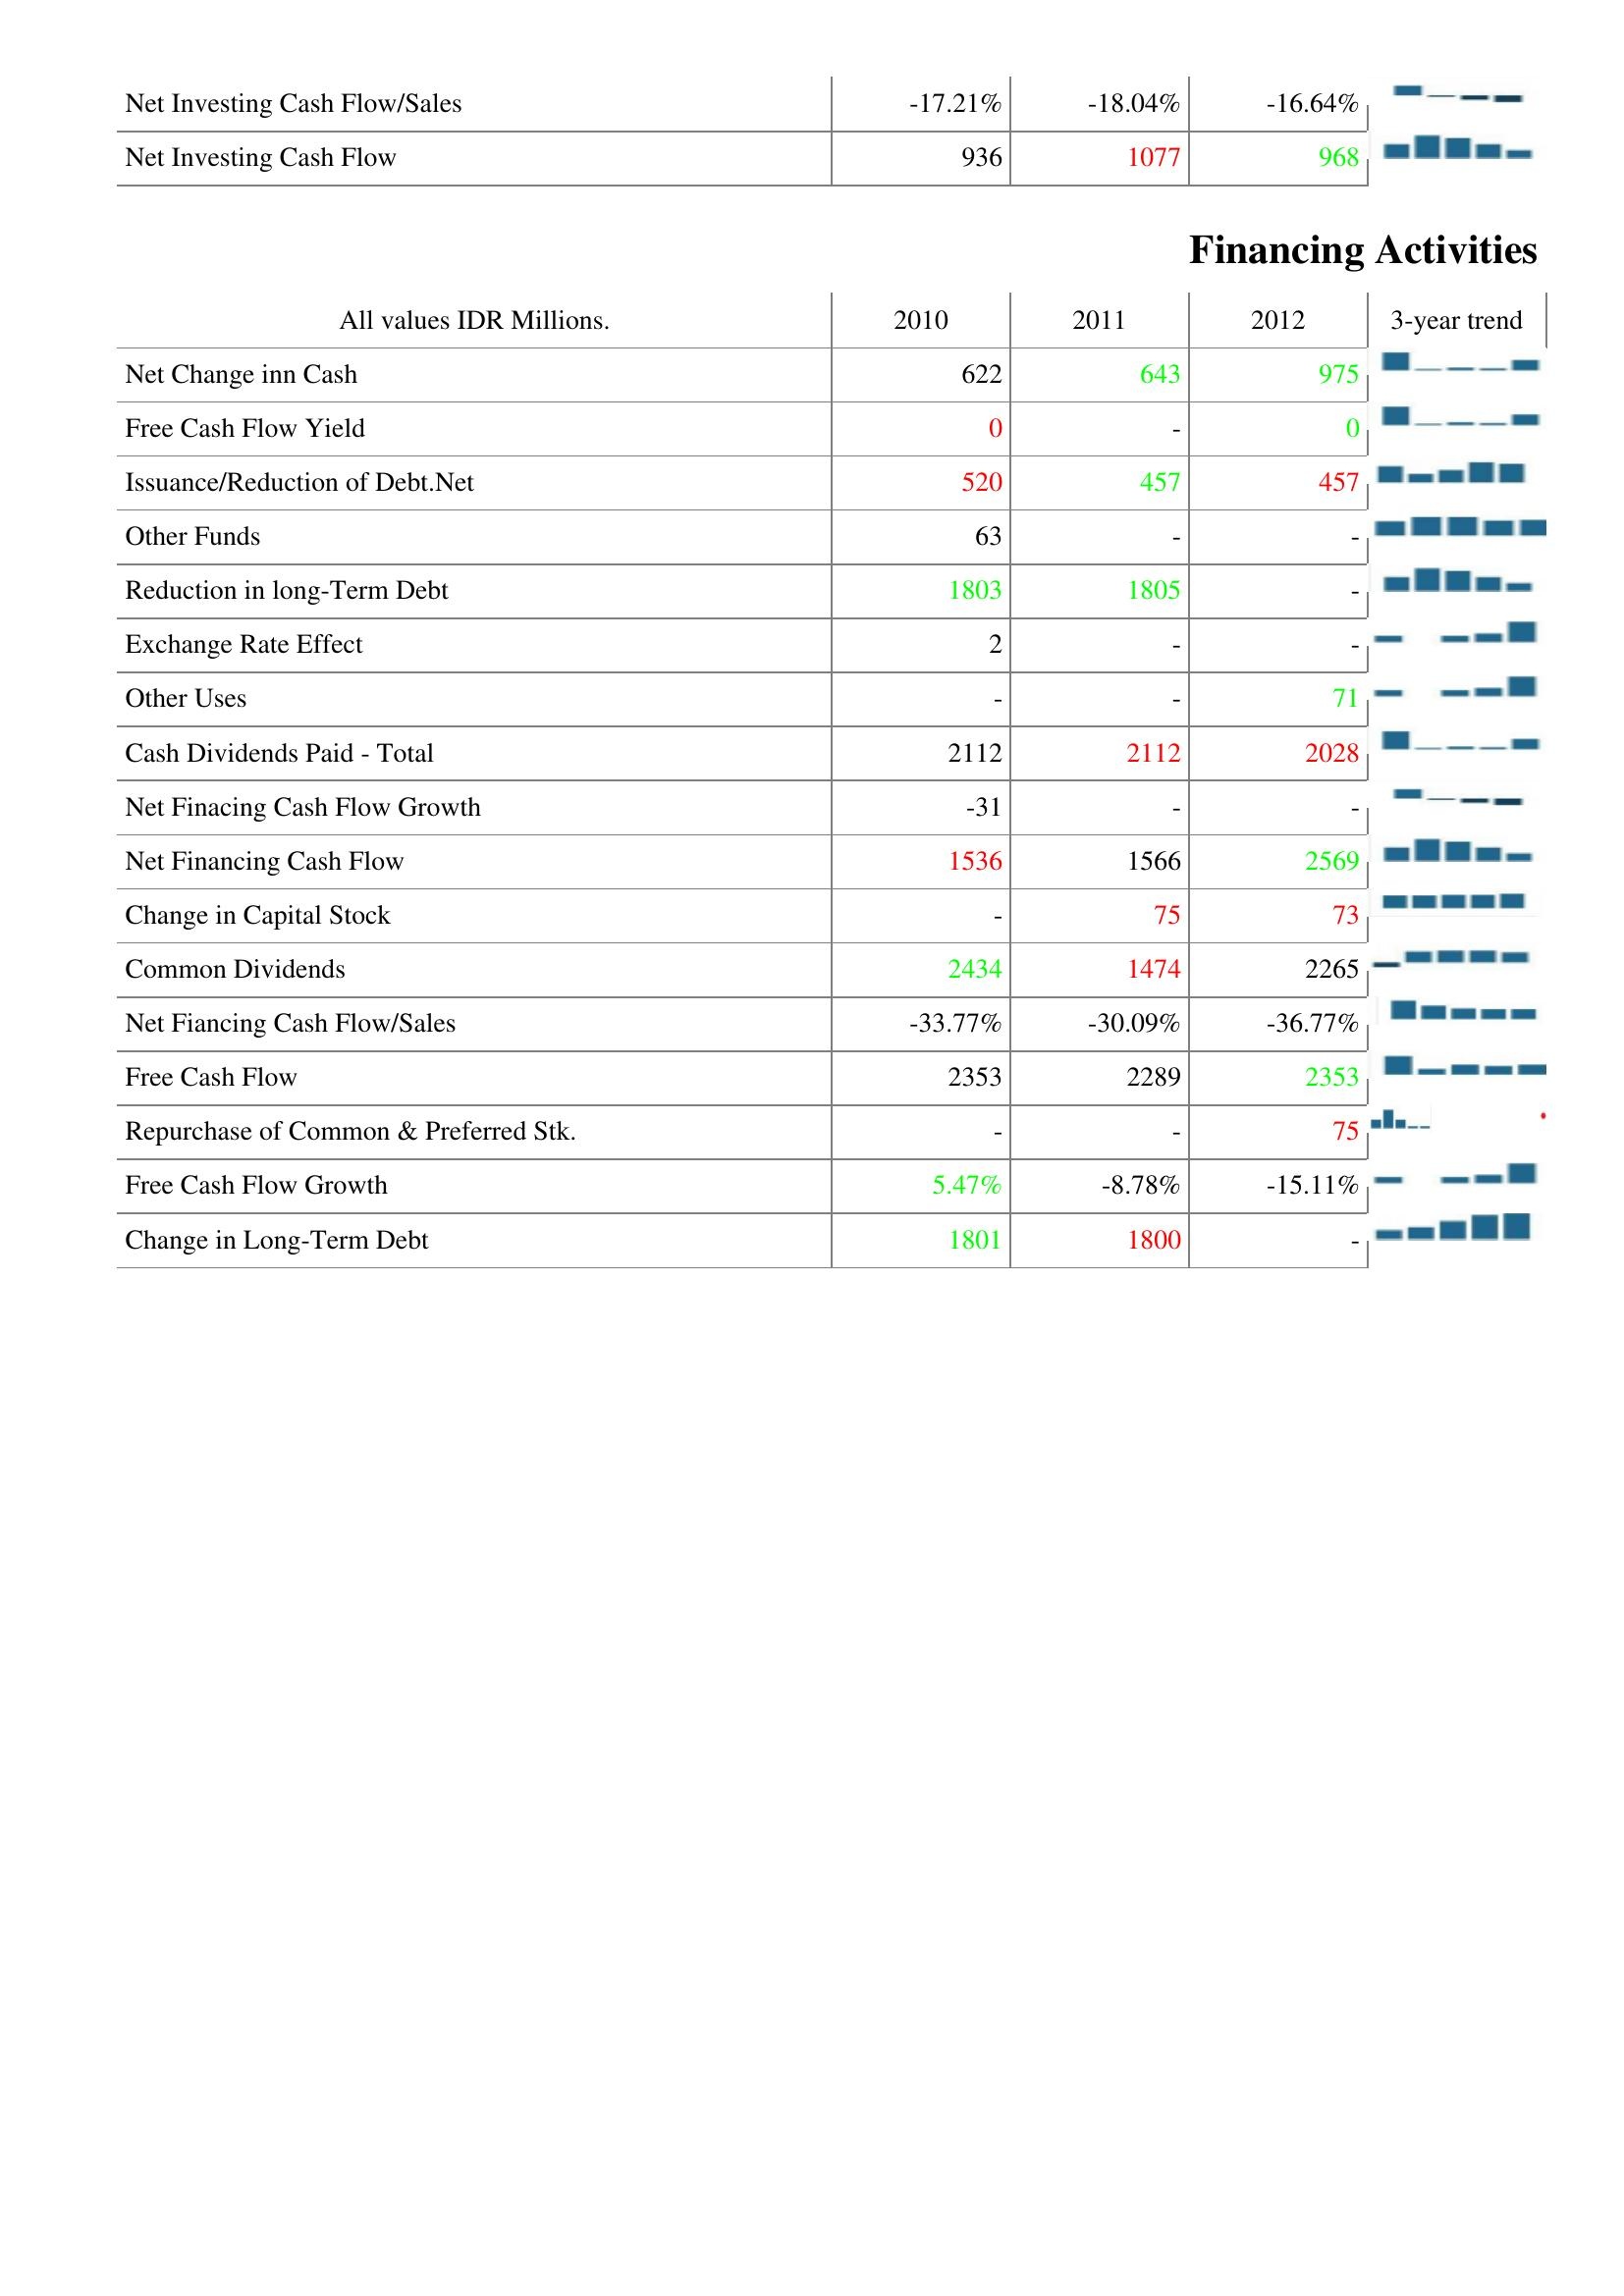
2010: Investing Activities: Net Investing Cash Flow/Sales: -17.21%
Net Investing Cash Flow: 936
Financing Activities: Net Change inn Cash: 622
Free Cash Flow Yield: 0
Issuance/Reduction of Debt.Net: 520
Other Funds: 63
Reduction in long-Term Debt: 1803
Exchange Rate Effect: 2
Other Uses: -
Cash Dividends Paid - Total: 2112
Net Finacing Cash Flow Growth: -31
Net Financing Cash Flow: 1536
Change in Capital Stock: -
Common Dividends: 2434
Net Fiancing Cash Flow/Sales: -33.77%
Free Cash Flow: 2353
Repurchase of Common & Preferred Stk.: -
Free Cash Flow Growth: 5.47%
Change in Long-Term Debt: 1801
2011: Investing Activities: Net Investing Cash Flow/Sales: -18.04%
Net Investing Cash Flow: 1077
Financing Activities: Net Change inn Cash: 643
Free Cash Flow Yield: -
Issuance/Reduction of Debt.Net: 457
Other Funds: -
Reduction in long-Term Debt: 1805
Exchange Rate Effect: -
Other Uses: -
Cash Dividends Paid - Total: 2112
Net Finacing Cash Flow Growth: -
Net Financing Cash Flow: 1566
Change in Capital Stock: 75
Common Dividends: 1474
Net Fiancing Cash Flow/Sales: -30.09%
Free Cash Flow: 2289
Repurchase of Common & Preferred Stk.: -
Free Cash Flow Growth: -8.78%
Change in Long-Term Debt: 1800
2012: Investing Activities: Net Investing Cash Flow/Sales: -16.64%
Net Investing Cash Flow: 968
Financing Activities: Net Change inn Cash: 975
Free Cash Flow Yield: 0
Issuance/Reduction of Debt.Net: 457
Other Funds: -
Reduction in long-Term Debt: -
Exchange Rate Effect: -
Other Uses: 71
Cash Dividends Paid - Total: 2028
Net Finacing Cash Flow Growth: -
Net Financing Cash Flow: 2569
Change in Capital Stock: 73
Common Dividends: 2265
Net Fiancing Cash Flow/Sales: -36.77%
Free Cash Flow: 2353
Repurchase of Common & Preferred Stk.: 75
Free Cash Flow Growth: -15.11%
Change in Long-Term Debt: -